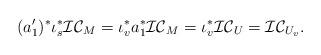
LaTeX: \begin{align*}(a_1')^*\iota_s^* \mathcal{IC}_M = \iota_v^* a_1^* \mathcal{IC}_M = \iota_v^* \mathcal{IC}_U= \mathcal{IC}_{U_v}.\end{align*}